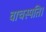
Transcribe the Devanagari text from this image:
वाचस्‍पति।